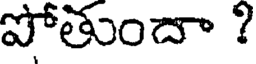
పోతుందా ?